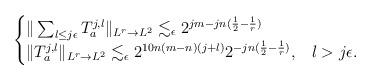
LaTeX: \begin{align*}\begin{cases}\| \sum_{l \leq j \epsilon} T_a^{j,l} \|_{L^r \to L^{2}} \lesssim_{\epsilon} 2^{jm - jn(\frac{1}{2} - \frac{1}{r})}\\ \|T_a^{j, l}\|_{L^r\to L^{2}}\lesssim_{\epsilon}2^{10n(m-n)(j+l)} 2^{-jn(\frac{1}{2}-\frac{1}{r})} ,& l>j\epsilon.\end{cases}\end{align*}